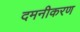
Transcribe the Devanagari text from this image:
दमनीकरण